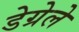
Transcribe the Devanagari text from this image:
डेग्रेले